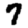
Digit: 7